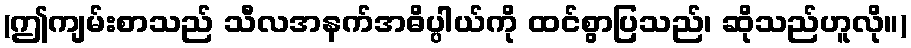
(ဤကျမ်းစာသည် သီလအနက်အဓိပ္ပါယ်ကို ထင်စွာပြသည်၊ ဆိုသည်ဟူလို။)